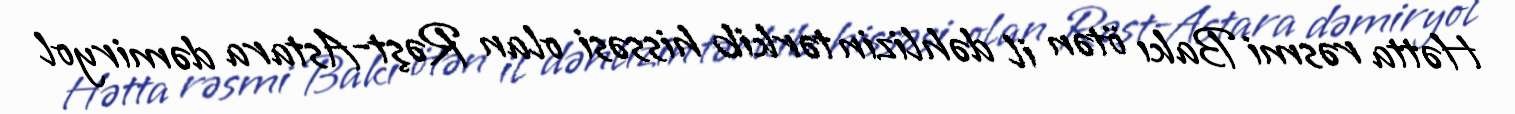
Hətta rəsmi Bakı ötən il dəhlizin tərkib hissəsi olan Rəşt-Astara dəmiryol